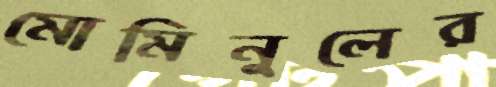
মোমিনুলের